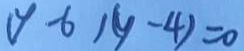
( y - 6 ) ( y - 4 ) = 0